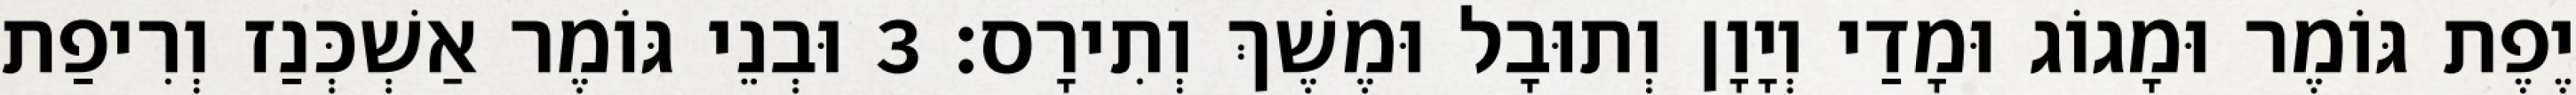
יֶפֶת גּוֹמֶר וּמָגוֹג וּמָדַי וְיָוָן וְתוּבָל וּמֶשֶׁךְ וְתִירָס׃ 3 וּבְנֵי גּוֹמֶר אַשְׁכְּנַז וְרִיפַת